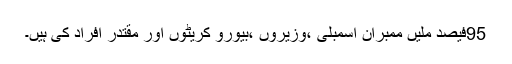
95فیصد ملیں ممبران اسمبلی ،وزیروں ،بیورو کریٹوں اور مقتدر افراد کی ہیں۔